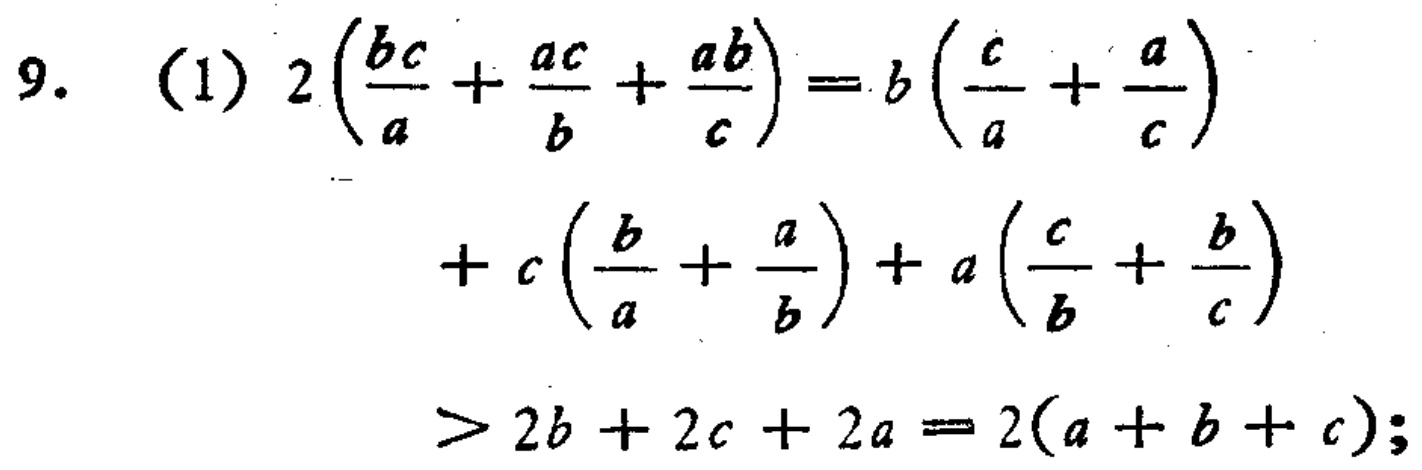
9. (1) \(2\left(\frac{bc}{a}+\frac{ac}{b}+\frac{ab}{c}\right)=b\left(\frac{c}{a}+\frac{a}{c}\right)+c\left(\frac{b}{a}+\frac{a}{b}\right)+a\left(\frac{c}{b}+\frac{b}{c}\right)>2b + 2c+2a=2(a + b + c)\);